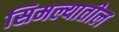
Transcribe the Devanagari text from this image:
सिमल्यातील